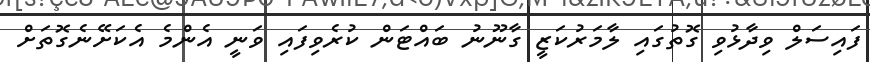
ފައިސަލް ވިދާޅުވި ގޮތުގައި ލާމަރުކަޒީ ގާނޫނު ބައްޓަން ކުރެވިފައި ވަނީ އެންމެ އެކަށޭނެގޮތަށް